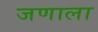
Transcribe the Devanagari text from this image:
जणाला